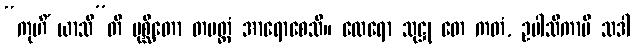
“ကုဟိံ ယာသီ”တိ ပုစ္ဆိတော တမတ္ထံ အာရောစေသိ။ ထေရော သုဋ္ဌု တေ ကတံ, ဥပါသိကာပိ သဒါ